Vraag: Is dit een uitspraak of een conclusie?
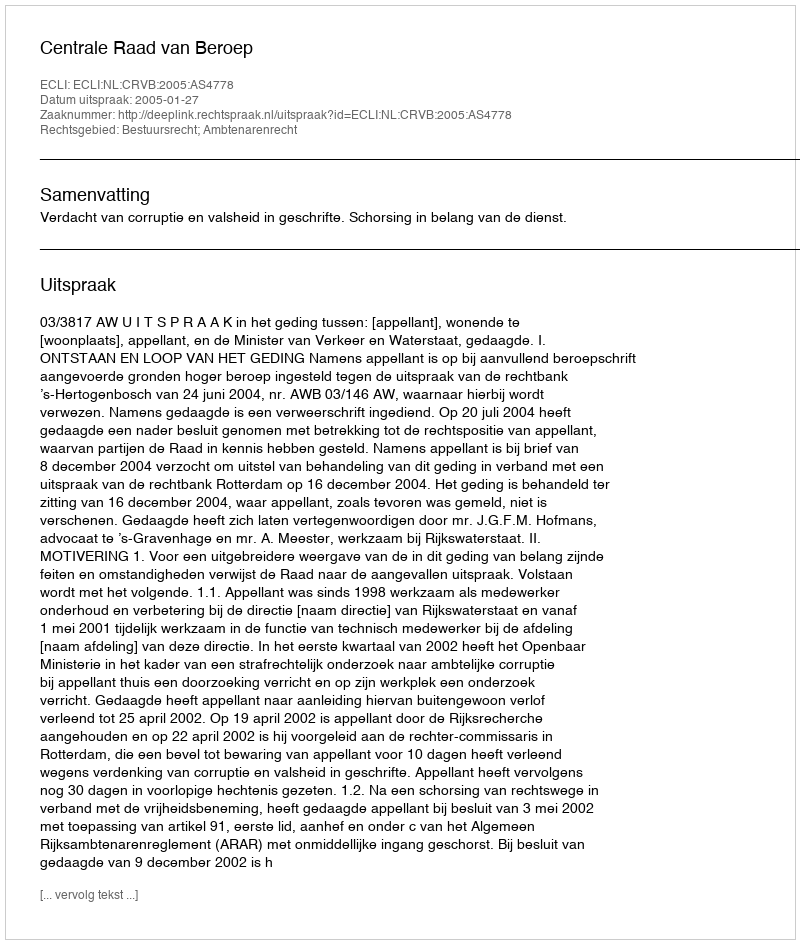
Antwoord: Uitspraak